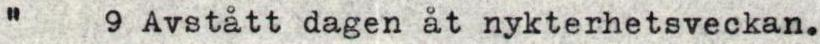
" 9 Avstått dagen åt nykterhetsveckan.